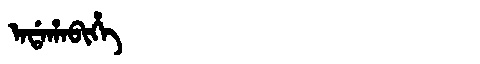
Manchu: ᠠᡩᠠᡥᠠᠪᡳᡥᡝ
Romanization: ADAHABIHE